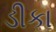
ડીકા